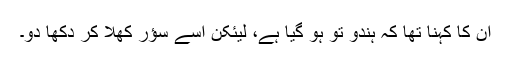
ان کا کہنا تھا کہ ہندو تو ہو گیا ہے، لیئکن اسے سؤر کھلا کر دکھا دو۔